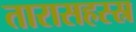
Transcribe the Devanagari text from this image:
तारासहस्स्र